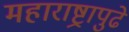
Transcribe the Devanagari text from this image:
महाराष्ट्रापुढे